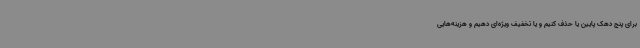
برای پنج دهک پایین یا حذف کنیم و یا تخفیف ویژه‌ای دهیم و هزینه‌هایی